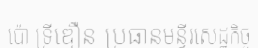
ប៉ោ ទ្រីឌឿន ប្រធានមន្ទីរសេដ្ឋកិច្ច